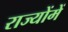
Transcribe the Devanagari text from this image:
राज्योंमें